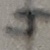
Text: 4